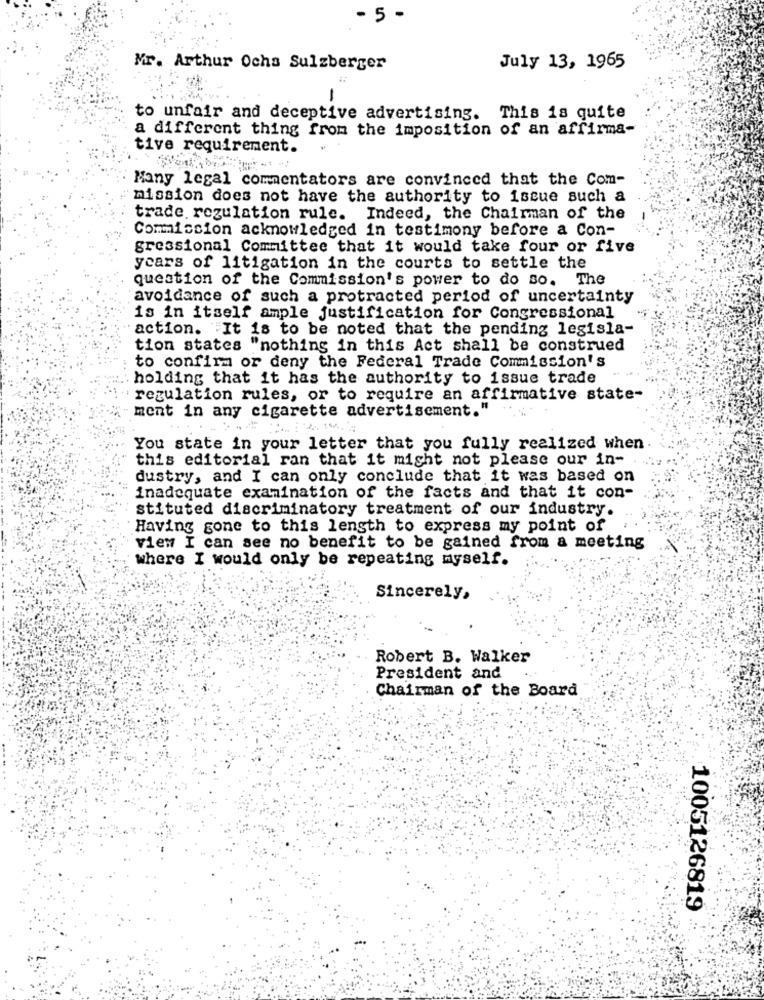
- 5 -
Mr. Arthur Ocha Sulzberger
July 13, 1965
-
to unfair and deceptive advertising. This is quite
a different thing from the imposition of an affirma-
tive requirement.
Many legal commentators are convinced that the Com-
mission does not have the authority to issue such a
trade regulation rule. Indeed, the Chairman of the
Commission acknowledged in testimony before a Con-
gressional Committee that it would take four or five
years of litigation in the courts to settle the
queation of the Commission's power to do so. The
avoidance of such a protracted period of uncertainty
is in itself ample justification for Congressional
action. It is to be noted that the pending legisla-
tion states "nothing in this Act shall be construed
to confirm or deny the Federal Trade Commission's
holding that it has the authority to issue trade
regulation rules, or to require an affirmative state-
ment in any cigarette advertisement."
You state in your letter that you fully realized when
this editorial ran that it might not please our in-
dustry, and I can only conclude that it was based on
inadequate examination of the facts and that it con-
stituted discriminatory treatment of our industry.
Having gone to this length to express my point of
view I can see no benefit to be gained from a meeting
where I would only be repeating myself.
Sincerely,
Robert B. Walker
President and
Chairman of the Board
1005126819